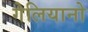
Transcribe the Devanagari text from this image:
गेलियानो